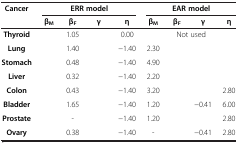
<table><thead><tr><td rowspan="2"><b>Cancer</b></td><td colspan="4"><b>ERR model</b></td><td colspan="4"><b>EAR model</b></td></tr><tr><td><b>β<sub>M</sub></b></td><td><b>β<sub>F</sub></b></td><td><b>γ</b></td><td><b>η</b></td><td><b>β<sub>M</sub></b></td><td><b>β<sub>F</sub></b></td><td><b>γ</b></td><td><b>η</b></td></tr></thead><tbody><tr><td><b>Thyroid</b></td><td>[EMPTY_CELL]</td><td>1.05</td><td>[EMPTY_CELL]</td><td>0.00</td><td colspan="4">Not used</td></tr><tr><td><b>Lung</b></td><td>[EMPTY_CELL]</td><td>1.40</td><td>[EMPTY_CELL]</td><td>−1.40</td><td>2.30</td><td>[EMPTY_CELL]</td><td>[EMPTY_CELL]</td><td>[EMPTY_CELL]</td></tr><tr><td><b>Stomach</b></td><td>[EMPTY_CELL]</td><td>0.48</td><td>[EMPTY_CELL]</td><td>−1.40</td><td>4.90</td><td>[EMPTY_CELL]</td><td>[EMPTY_CELL]</td><td>[EMPTY_CELL]</td></tr><tr><td><b>Liver</b></td><td>[EMPTY_CELL]</td><td>0.32</td><td>[EMPTY_CELL]</td><td>−1.40</td><td>2.20</td><td>[EMPTY_CELL]</td><td>[EMPTY_CELL]</td><td>[EMPTY_CELL]</td></tr><tr><td><b>Colon</b></td><td>[EMPTY_CELL]</td><td>0.43</td><td>[EMPTY_CELL]</td><td>−1.40</td><td>3.20</td><td>[EMPTY_CELL]</td><td>[EMPTY_CELL]</td><td>2.80</td></tr><tr><td><b>Bladder</b></td><td>[EMPTY_CELL]</td><td>1.65</td><td>[EMPTY_CELL]</td><td>−1.40</td><td>1.20</td><td>[EMPTY_CELL]</td><td>−0.41</td><td>6.00</td></tr><tr><td><b>Prostate</b></td><td>[EMPTY_CELL]</td><td>-</td><td>[EMPTY_CELL]</td><td>−1.40</td><td>1.20</td><td>[EMPTY_CELL]</td><td>[EMPTY_CELL]</td><td>2.80</td></tr><tr><td><b>Ovary</b></td><td>[EMPTY_CELL]</td><td>0.38</td><td>[EMPTY_CELL]</td><td>−1.40</td><td>-</td><td>[EMPTY_CELL]</td><td>−0.41</td><td>2.80</td></tr></tbody></table>